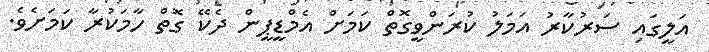
އަލީގައި ސަރުކާރު އަމަލު ކުރަންވީގޮތް ކަމަށް އެމްޑީޕީން ދެކޭ ގޮތް ހާމަކުރާ ކަމަށެވެ.